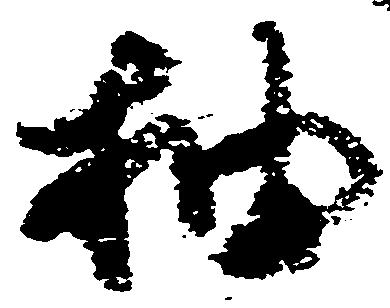
抽